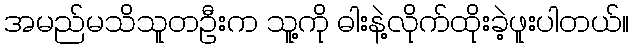
အမည်မသိသူတဦးက သူ့ကို ဓါးနဲ့လိုက်ထိုးခဲ့ဖူးပါတယ်။